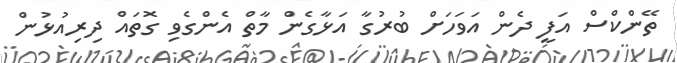
ތޭންކްސް އަފީ ދެން އަވަހަށް ބުރުގާ އަޅާގެން މާތް އެންގެވި ގޮތައް ދިރިއުޅުން